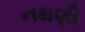
નથણી